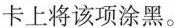
卡上将该项涂黑。